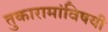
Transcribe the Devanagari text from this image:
तुकारामांविषयी